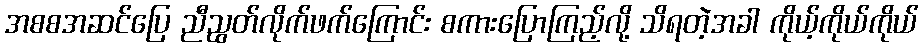
အစစအဆင်ပြေ ညီညွတ်လိုက်ဖက်ကြောင်း စကားပြောကြည့်လို့ သိရတဲ့အခါ ကိုယ့်ကိုယ်ကိုယ်